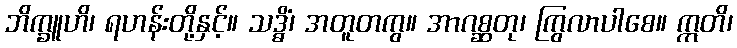
ဘိက္ခူဟိ၊ ရဟန်းတို့နှင့်။ သဒ္ဓိံ၊ အတူတကွ။ အာဂစ္ဆတု၊ ကြွလာပါစေ။ ဣတိ၊